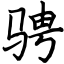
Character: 骋